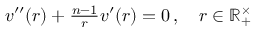
\begin{array} { r } { v ^ { \prime \prime } ( r ) + \frac { n - 1 } { r } v ^ { \prime } ( r ) = 0 \, , \quad r \in \mathbb { R } _ { + } ^ { \times } } \end{array}